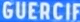
GUERCIF